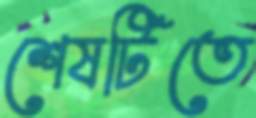
শেষটিতে